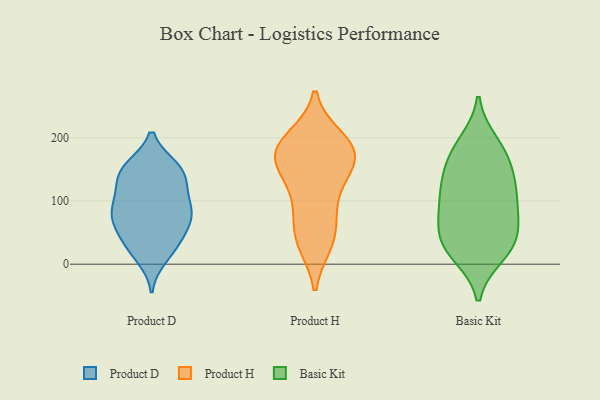
{"axis": {"x": "Waste Production (Tons)", "y": "Value"}, "legend": ["Basic Kit", "Product D", "Product H"], "data": [{"x": "", "y": 98, "type": "Product D"}, {"x": "", "y": 34, "type": "Product D"}, {"x": "", "y": 144, "type": "Product D"}, {"x": "", "y": 24, "type": "Product D"}, {"x": "", "y": 36, "type": "Product D"}, {"x": "", "y": 70, "type": "Product D"}, {"x": "", "y": 80, "type": "Product D"}, {"x": "", "y": 116, "type": "Product D"}, {"x": "", "y": 63, "type": "Product D"}, {"x": "", "y": 115, "type": "Product D"}, {"x": "", "y": 153, "type": "Product D"}, {"x": "", "y": 143, "type": "Product D"}, {"x": "", "y": 11, "type": "Product D"}, {"x": "", "y": 78, "type": "Product D"}, {"x": "", "y": 90, "type": "Product D"}, {"x": "", "y": 150, "type": "Product D"}, {"x": "", "y": 68, "type": "Product D"}, {"x": "", "y": 152, "type": "Product D"}, {"x": "", "y": 40, "type": "Product H"}, {"x": "", "y": 161, "type": "Product H"}, {"x": "", "y": 48, "type": "Product H"}, {"x": "", "y": 102, "type": "Product H"}, {"x": "", "y": 176, "type": "Product H"}, {"x": "", "y": 94, "type": "Product H"}, {"x": "", "y": 188, "type": "Product H"}, {"x": "", "y": 142, "type": "Product H"}, {"x": "", "y": 184, "type": "Product H"}, {"x": "", "y": 160, "type": "Product H"}, {"x": "", "y": 35, "type": "Product H"}, {"x": "", "y": 197, "type": "Product H"}, {"x": "", "y": 177, "type": "Product H"}, {"x": "", "y": 129, "type": "Basic Kit"}, {"x": "", "y": 141, "type": "Basic Kit"}, {"x": "", "y": 87, "type": "Basic Kit"}, {"x": "", "y": 18, "type": "Basic Kit"}, {"x": "", "y": 106, "type": "Basic Kit"}, {"x": "", "y": 68, "type": "Basic Kit"}, {"x": "", "y": 15, "type": "Basic Kit"}, {"x": "", "y": 73, "type": "Basic Kit"}, {"x": "", "y": 38, "type": "Basic Kit"}, {"x": "", "y": 192, "type": "Basic Kit"}, {"x": "", "y": 144, "type": "Basic Kit"}, {"x": "", "y": 178, "type": "Basic Kit"}, {"x": "", "y": 178, "type": "Basic Kit"}, {"x": "", "y": 107, "type": "Basic Kit"}, {"x": "", "y": 40, "type": "Basic Kit"}, {"x": "", "y": 32, "type": "Basic Kit"}]}